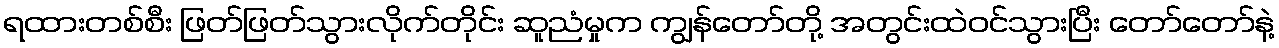
ရထားတစ်စီး ဖြတ်ဖြတ်သွားလိုက်တိုင်း ဆူညံမှုက ကျွန်တော်တို့ အတွင်းထဲဝင်သွားပြီး တော်တော်နဲ့